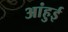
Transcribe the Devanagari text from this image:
आंहुई